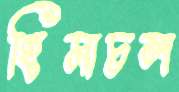
হিমাচল